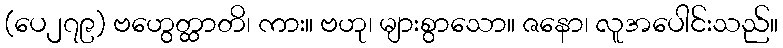
(ပေ၂၇၉) ဗဟွေတ္ထာတိ၊ ကား။ ဗဟု၊ များစွာသော။ ဇနော၊ လူအပေါင်းသည်။